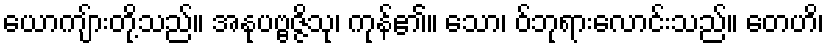
ယောကျ်ားတို့သည်။ အနုပဗ္ဗဇ္ဇိသု၊ ကုန်၏။ သော၊ ဝ်ဘုရားလောင်းသည်။ တေဟိ၊